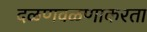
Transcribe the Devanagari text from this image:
दळणवळणाकरता